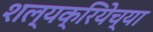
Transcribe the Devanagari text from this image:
शल्यक्रियेच्या